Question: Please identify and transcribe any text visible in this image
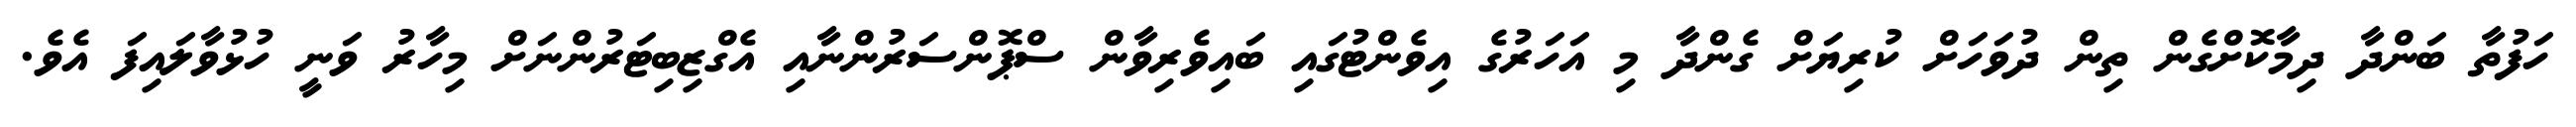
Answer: ހަފުތާ ބަންދާ ދިމާކޮށްގެން ތިން ދުވަހަށް ކުރިޔަށް ގެންދާ މި އަހަރުގެ އިވެންޓުގައި ބައިވެރިވާން ސްޕޮންސަރުންނާއި އެގްޒިބިޓަރުންނަށް މިހާރު ވަނީ ހުޅުވާލައިފަ އެވެ.